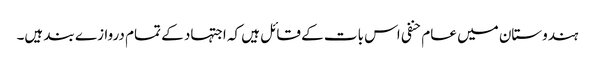
ہندوستان میں عام حنفی اس بات کے قائل ہیں کہ اجتہاد کے تمام دروازے بند ہیں۔